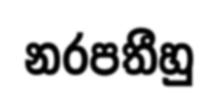
නරපතීහු